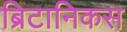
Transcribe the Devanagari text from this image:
ब्रिटानिकस